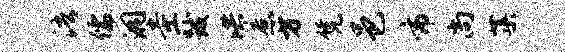
浯儒洞圭跋洪惹方凭邑市尚蕖